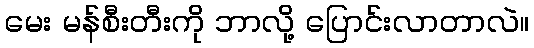
မေး မန်စီးတီးကို ဘာလို့ ပြောင်းလာတာလဲ။